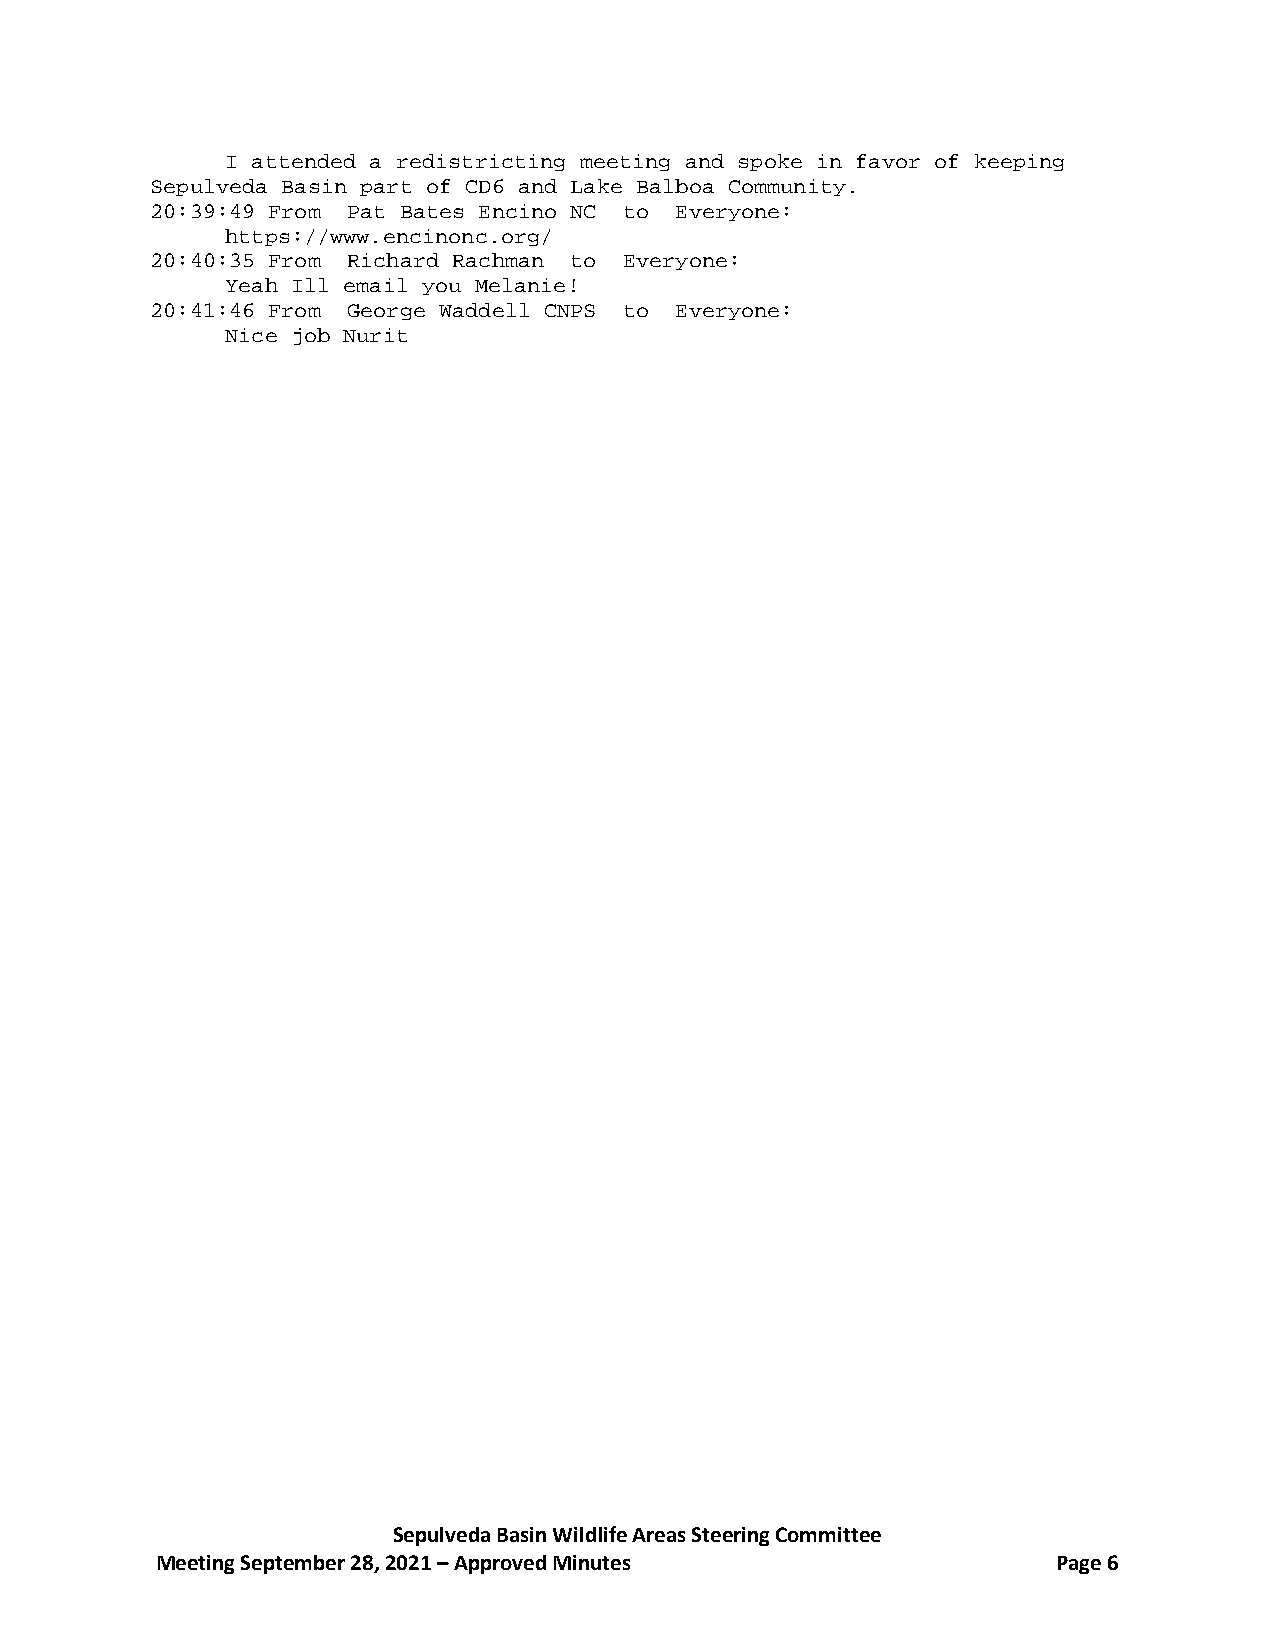
I attended a redistricting meeting and spoke in favor of keeping
 Sepulveda Basin part of CD6 and Lake Balboa Community.
 20:39:49 From Pat Bates Encino NC to Everyone:
 https://www.encinonc.org/
 20:40:35 From Richard Rachman to Everyone:
 Yeah Ill email you Melanie!
 20:41:46 From George Waddell CNPS to Everyone:
 Nice job Nurit
 Sepulveda Basin Wildlife Areas Steering Committee
 Meeting September 28, 2021 – Approved Minutes               Page 6